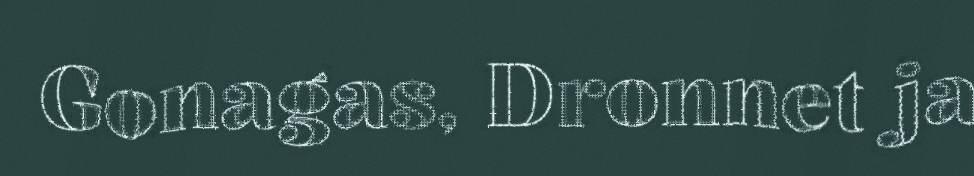
Gonagas, Dronnet ja